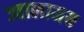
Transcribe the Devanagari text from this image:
ज्वालामय